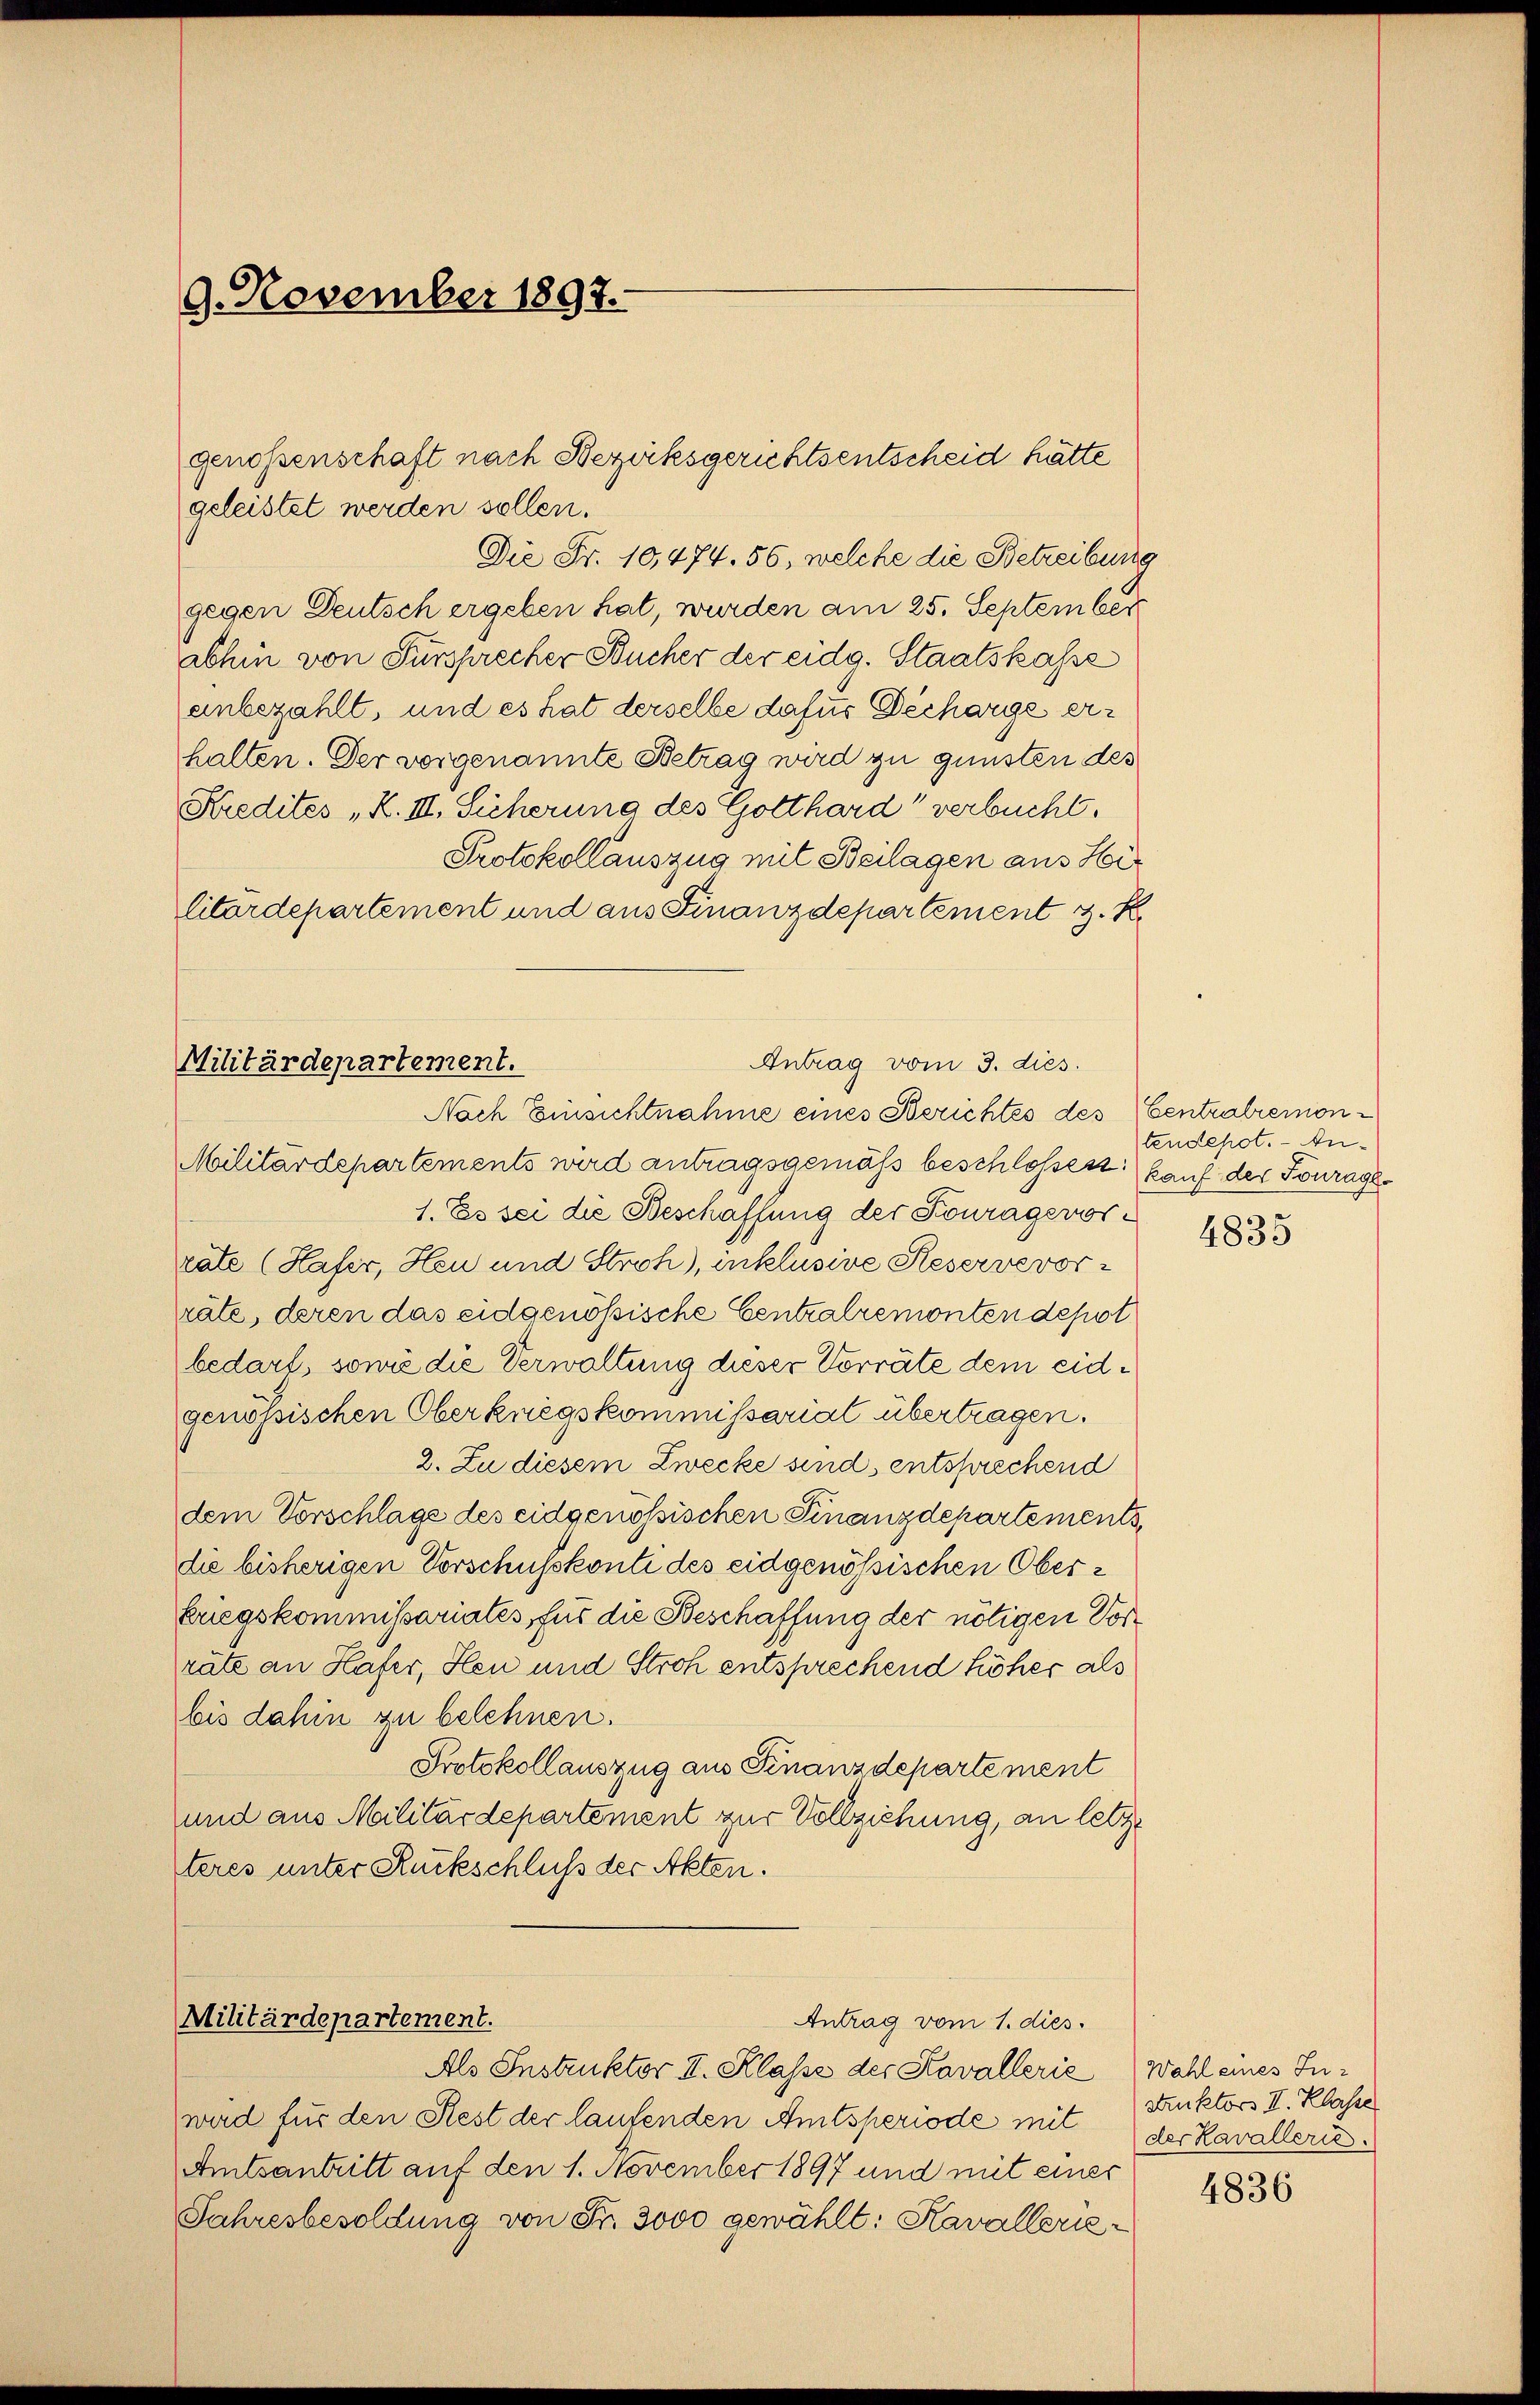
9. November 1897.

geleistet werden sollen.
Die Fr. 10,474. 56, welche die Betreibung
gegen Deutsch ergeben hat, wurden am 25. September
abhin von Fürsprecher Bücher der eidg. Staatskasse
unbezahlt, und es hat derselbe dafür Decharge erhalten. Der vorgenannte Betrag wird zu gunsten des
Kredites „K. III. Sicherung des Gotthard verbucht.
Protokollauszug mit Beilagen aus Hir
litärdepartement und aus Finanzdepartement z. R.

genossenschaft nach Bezirksgerichtsentscheid hätte

Antrag vom 3. dies
Militärdepartement.
Nach Einsichtnahme eines Berichtes des Centralremon¬

Militärdepartement.
Antrag vom 1. dies

Militärdepartements wird antragsgemäss beschlosses kauf der Fourage¬
1. Es sei die Beschaffung der Fourageworrate (Hafer, Heu und Stroh), inklusive Reservevorräte, deren das eidgenössische Centralremonten depot
bedarf, sowie die Verwaltung dieser Vorräte dem eidgenössischen Oberknegskommissarial übertragen.
2. Zu diesem Zwecke sind, entsprechend
dem Vorschlage des eidgenössischen Finanzdepartements,
die bisherigen Vorschusskonti des eidgenössischen Oberkriegskommissariates, für die Beschaffung der nötigen Vorräte an Hafer, Heu und Stroh entsprechend höher als
bis dahin zu belehnen.
Protokollauszug aus Finanzdepartement
und aus Militärdepartement zur Vollziehung, an letzt
teres unter Ruckschluß der Akten.

Als Instruktor I. Klasse der Kavallerie
wird für den Rest der laufenden Amtsperiode mit der Kavalleri¬
Amtsantritt auf den 1. November 1897 und mit einer
Jahresbesoldung von Fr. 3000 gewählt: Kavallerie¬

tendepot. - An¬
4835

Wahl eines In¬
Struktors II. Klasse

4836